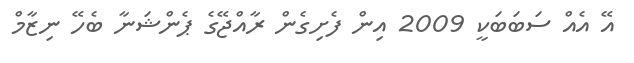
އޭ އެއް ސަބަބަކީ 2009 އިން ފެށިގެން ރާއްޖޭގެ ޕެންޝަނާ ބެހޭ ނިޒާމް